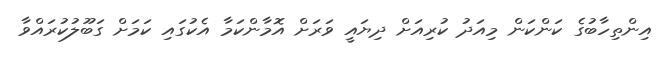
އިންތިހާބުގެ ކަންކަން މިއަދު ކުރިއަށް ދިޔައީ ވަރަށް އޮމާންކަމާ އެކުގައި ކަމަށް ގަބޫލުކުރައްވާ